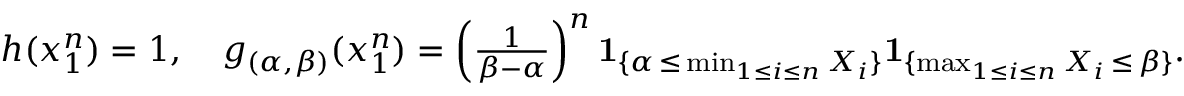
\begin{array} { r } { h ( x _ { 1 } ^ { n } ) = 1 , \quad g _ { ( \alpha , \beta ) } ( x _ { 1 } ^ { n } ) = \left( { \frac { 1 } { \beta - \alpha } } \right) ^ { n } \mathbf { 1 } _ { \{ \alpha \, \leq \, \operatorname* { m i n } _ { 1 \leq i \leq n } X _ { i } \} } \mathbf { 1 } _ { \{ \operatorname* { m a x } _ { 1 \leq i \leq n } X _ { i } \, \leq \, \beta \} } . } \end{array}